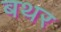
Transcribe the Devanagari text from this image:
बथर